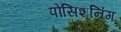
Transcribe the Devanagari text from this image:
पोसिशनिंग